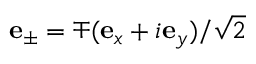
\mathbf { e } _ { \pm } = \mp ( \mathbf { e } _ { x } + i \mathbf { e } _ { y } ) / \sqrt { 2 }